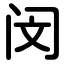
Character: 闵